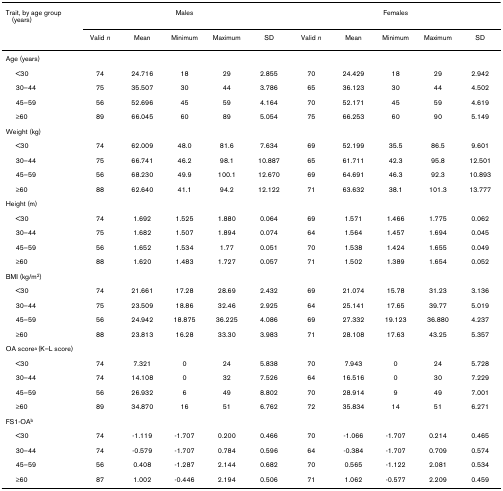
<table><thead><tr><td><b>Trait, by age group (years)</b></td><td colspan="5"><b>Males</b></td><td colspan="5"><b>Females</b></td></tr><tr><td></td><td><b>Valid <i>n</i></b></td><td><b>Mean</b></td><td><b>Minimum</b></td><td><b>Maximum</b></td><td><b>SD</b></td><td><b>Valid <i>n</i></b></td><td><b>Mean</b></td><td><b>Minimum</b></td><td><b>Maximum</b></td><td><b>SD</b></td></tr></thead><tbody><tr><td>Age (years)</td><td></td><td></td><td></td><td></td><td></td><td></td><td></td><td></td><td></td><td></td></tr><tr><td> &lt;30</td><td>74</td><td>24.716</td><td>18</td><td>29</td><td>2.855</td><td>70</td><td>24.429</td><td>18</td><td>29</td><td>2.942</td></tr><tr><td> 30–44</td><td>75</td><td>35.507</td><td>30</td><td>44</td><td>3.786</td><td>65</td><td>36.123</td><td>30</td><td>44</td><td>4.502</td></tr><tr><td> 45–59</td><td>56</td><td>52.696</td><td>45</td><td>59</td><td>4.164</td><td>70</td><td>52.171</td><td>45</td><td>59</td><td>4.619</td></tr><tr><td> ≥60</td><td>89</td><td>66.045</td><td>60</td><td>89</td><td>5.054</td><td>75</td><td>66.253</td><td>60</td><td>90</td><td>5.149</td></tr><tr><td>Weight (kg)</td><td></td><td></td><td></td><td></td><td></td><td></td><td></td><td></td><td></td><td></td></tr><tr><td> &lt;30</td><td>74</td><td>62.009</td><td>48.0</td><td>81.6</td><td>7.634</td><td>69</td><td>52.199</td><td>35.5</td><td>86.5</td><td>9.601</td></tr><tr><td> 30–44</td><td>75</td><td>66.741</td><td>46.2</td><td>98.1</td><td>10.887</td><td>65</td><td>61.711</td><td>42.3</td><td>95.8</td><td>12.501</td></tr><tr><td> 45–59</td><td>56</td><td>68.230</td><td>49.9</td><td>100.1</td><td>12.670</td><td>69</td><td>64.691</td><td>46.3</td><td>92.3</td><td>10.893</td></tr><tr><td> ≥60</td><td>88</td><td>62.640</td><td>41.1</td><td>94.2</td><td>12.122</td><td>71</td><td>63.632</td><td>38.1</td><td>101.3</td><td>13.777</td></tr><tr><td>Height (m)</td><td></td><td></td><td></td><td></td><td></td><td></td><td></td><td></td><td></td><td></td></tr><tr><td> &lt;30</td><td>74</td><td>1.692</td><td>1.525</td><td>1.880</td><td>0.064</td><td>69</td><td>1.571</td><td>1.466</td><td>1.775</td><td>0.062</td></tr><tr><td> 30–44</td><td>75</td><td>1.682</td><td>1.507</td><td>1.894</td><td>0.074</td><td>64</td><td>1.564</td><td>1.457</td><td>1.694</td><td>0.045</td></tr><tr><td> 45–59</td><td>56</td><td>1.652</td><td>1.534</td><td>1.77</td><td>0.051</td><td>70</td><td>1.538</td><td>1.424</td><td>1.655</td><td>0.049</td></tr><tr><td> ≥60</td><td>88</td><td>1.620</td><td>1.483</td><td>1.727</td><td>0.057</td><td>71</td><td>1.502</td><td>1.389</td><td>1.654</td><td>0.052</td></tr><tr><td>BMI (kg/m<sup>2</sup>)</td><td></td><td></td><td></td><td></td><td></td><td></td><td></td><td></td><td></td><td></td></tr><tr><td> &lt;30</td><td>74</td><td>21.661</td><td>17.28</td><td>28.69</td><td>2.432</td><td>69</td><td>21.074</td><td>15.78</td><td>31.23</td><td>3.136</td></tr><tr><td> 30–44</td><td>75</td><td>23.509</td><td>18.86</td><td>32.46</td><td>2.925</td><td>64</td><td>25.141</td><td>17.65</td><td>39.77</td><td>5.019</td></tr><tr><td> 45–59</td><td>56</td><td>24.942</td><td>18.875</td><td>36.225</td><td>4.086</td><td>69</td><td>27.332</td><td>19.123</td><td>36.880</td><td>4.237</td></tr><tr><td> ≥60</td><td>88</td><td>23.813</td><td>16.28</td><td>33.30</td><td>3.983</td><td>71</td><td>28.108</td><td>17.63</td><td>43.25</td><td>5.357</td></tr><tr><td>OA score<sup>a </sup>(K–L score)</td><td></td><td></td><td></td><td></td><td></td><td></td><td></td><td></td><td></td><td></td></tr><tr><td> &lt;30</td><td>74</td><td>7.321</td><td>0</td><td>24</td><td>5.838</td><td>70</td><td>7.943</td><td>0</td><td>24</td><td>5.728</td></tr><tr><td> 30–44</td><td>74</td><td>14.108</td><td>0</td><td>32</td><td>7.526</td><td>64</td><td>16.516</td><td>0</td><td>30</td><td>7.229</td></tr><tr><td> 45–59</td><td>56</td><td>26.932</td><td>6</td><td>49</td><td>8.802</td><td>70</td><td>28.914</td><td>9</td><td>49</td><td>7.001</td></tr><tr><td> ≥60</td><td>89</td><td>34.870</td><td>16</td><td>51</td><td>6.762</td><td>72</td><td>35.834</td><td>14</td><td>51</td><td>6.271</td></tr><tr><td>FS1-OA<sup>b</sup></td><td></td><td></td><td></td><td></td><td></td><td></td><td></td><td></td><td></td><td></td></tr><tr><td> &lt;30</td><td>74</td><td>-1.119</td><td>-1.707</td><td>0.200</td><td>0.466</td><td>70</td><td>-1.066</td><td>-1.707</td><td>0.214</td><td>0.465</td></tr><tr><td> 30–44</td><td>74</td><td>-0.579</td><td>-1.707</td><td>0.784</td><td>0.596</td><td>64</td><td>-0.384</td><td>-1.707</td><td>0.709</td><td>0.574</td></tr><tr><td> 45–59</td><td>56</td><td>0.408</td><td>-1.287</td><td>2.144</td><td>0.682</td><td>70</td><td>0.565</td><td>-1.122</td><td>2.081</td><td>0.534</td></tr><tr><td> ≥60</td><td>87</td><td>1.002</td><td>-0.446</td><td>2.194</td><td>0.506</td><td>71</td><td>1.062</td><td>-0.577</td><td>2.209</td><td>0.459</td></tr></tbody></table>